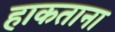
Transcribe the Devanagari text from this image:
हाकताना